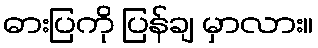
ဓားပြကို ပြန်ချ မှာလား။